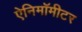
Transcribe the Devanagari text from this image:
ऐनिमॉमीटर